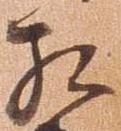
相